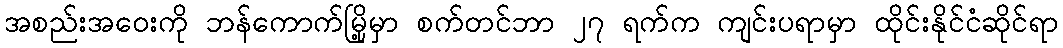
အစည်းအဝေးကို ဘန်ကောက်မြို့မှာ စက်တင်ဘာ ၂၇ ရက်က ကျင်းပရာမှာ ထိုင်းနိုင်ငံဆိုင်ရာ